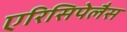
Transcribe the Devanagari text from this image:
एरिसिपेलैस